Civil Veterinary Dept. Bombay admin report 1923-31 - 1923-1931
Year: 1923
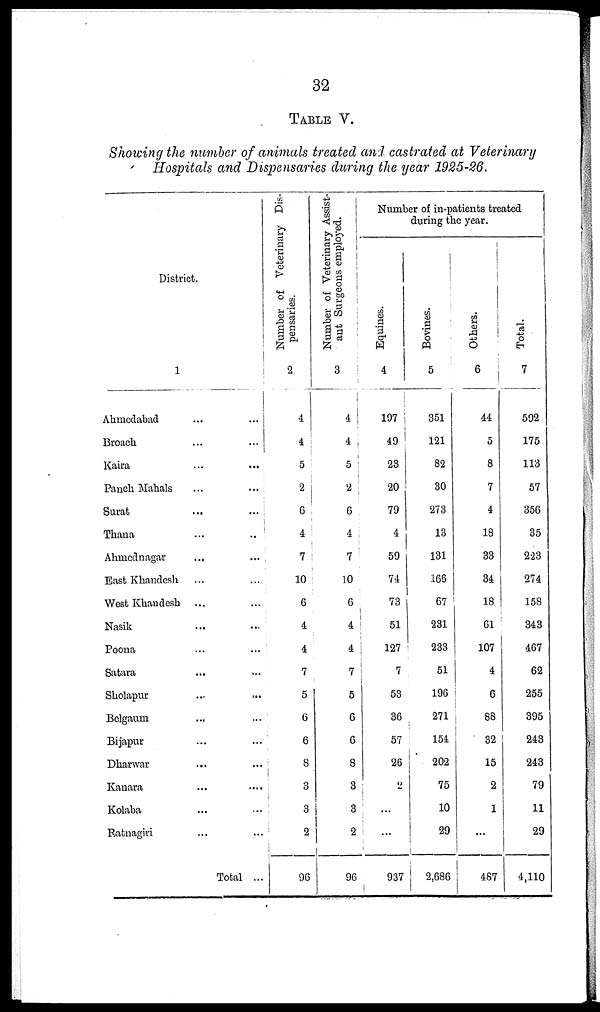
32
TABLE V.
Showing the number of animals treated and castrated at Veterinary
Hospitals and Dispensaries during the year 1925-26.
District.
1
Ahmedabad ... ...
Broach ... ...
Kaira ... ...
Panch Mahals ... ...
Surat ... ...
Thana ... ...
Ahmednagar ... ...
East Khandesh ... ...
West Khandesh ... ...
Nasik ... ...
Poona ... ...
Satara ... ...
Sholapur ... ...
Belgaum ... ...
Bijapur ... ...
Dharwar ... ...
Kanara ... ...
Kolaba ... ...
Ratnagiri ... ...
Total ...
Number of Veterinary Dis-
pensaries.
2
4
4
5
2
6
4
7
10
6
4
4
7
5
6
6
8
3
3
2
96
Number of Veterinary Assist-
ant Surgeons employed.
3
4
4
5
2
6
4
7
10
6
4
4
7
5
6
6
8
3
3
2
96
Number of in-patients treated
during the year.
Equines.
4
197
49
23
20
79
4
59
74
73
51
127
7
53
36
57
26
2
...
...
937
Bovines.
5
351
121
82
30
273
13
131
166
67
231
233
51
196
271
154
202
75
10
29
2,686
Others.
6
44
5
8
7
4
18
33
34
18
61
107
4
6
88
32
15
2
1
...
487
Total.
7
592
175
113
57
356
35
223
274
158
343
467
62
255
395
243
243
79
11
29
4,110